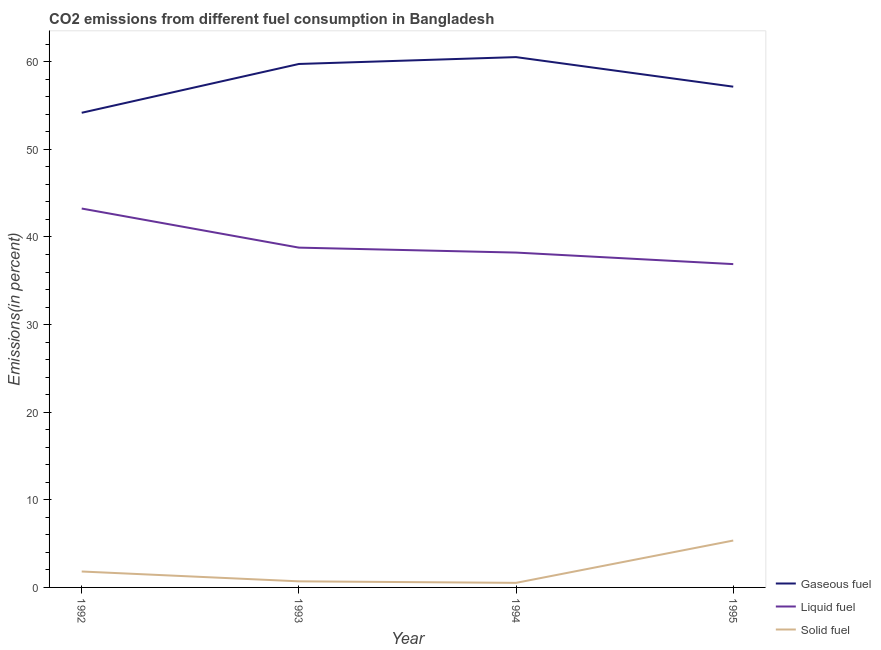
| Year | Gaseous fuel | Liquid fuel | Solid fuel |
 | --- | --- | --- | --- |
 | 1992 | 54.2 | 43.2 | 1.82 |
 | 1993 | 59.7 | 38.8 | 0.695 |
 | 1994 | 60.5 | 38.2 | 0.522 |
 | 1995 | 57.2 | 36.9 | 5.35 |